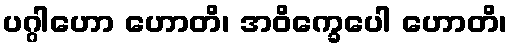
ပဂ္ဂါဟော ဟောတိ၊ အဝိက္ခေပေါ ဟောတိ၊